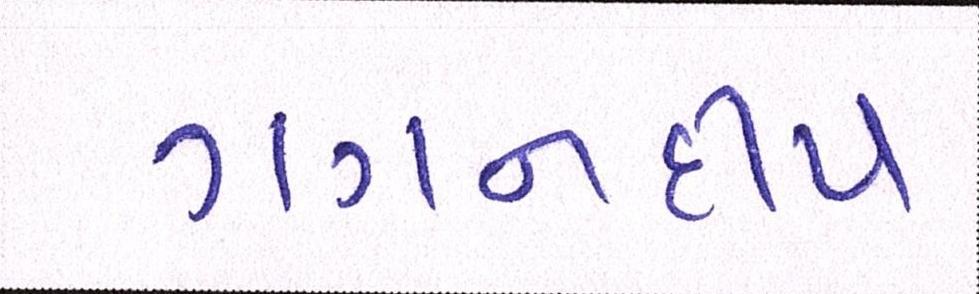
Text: ગગનદીપ